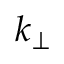
k _ { \perp }